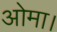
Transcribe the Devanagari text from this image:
ओमा।